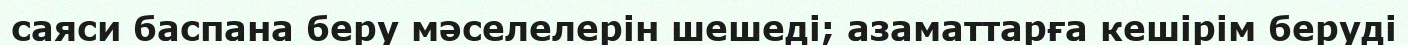
саяси баспана беру мәселелерін шешеді; азаматтарға кешірім беруді